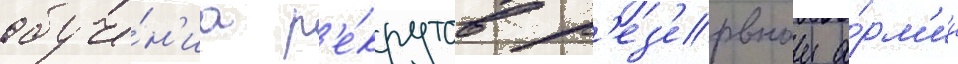
обуче́н'иа р'е́крутов р'ез'ервнои а́рм'ии